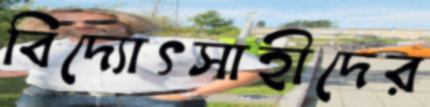
বিদ্যোৎসাহীদের